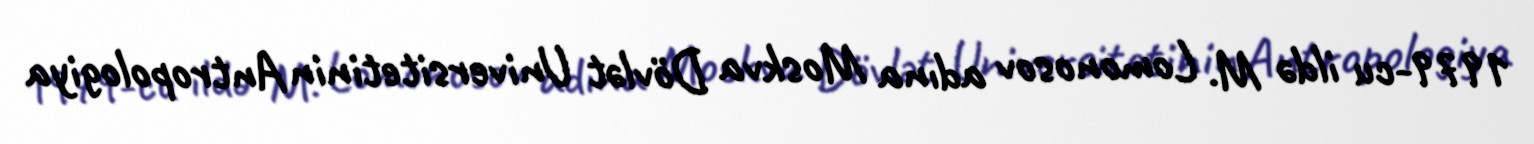
1979-cu ildə M. Lomonosov adına Moskva Dövlət Universitetinin Antropologiya